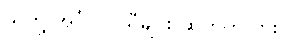
သူတို့ အင်္ဂလိပ်သီချင်း ဆိုတတ်လား။